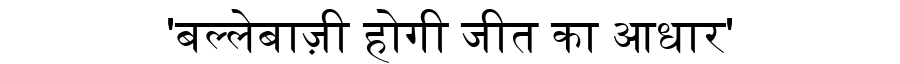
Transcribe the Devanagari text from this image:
'बल्लेबाज़ी होगी जीत का आधार'